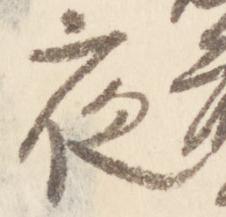
夜